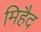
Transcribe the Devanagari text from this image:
मिहैद